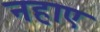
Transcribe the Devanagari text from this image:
नहाए